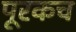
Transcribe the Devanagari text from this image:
पूरकच